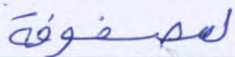
لمصفوفة